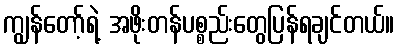
ကျွန်တော့်ရဲ့ အဖိုးတန်ပစ္စည်းတွေပြန်ရချင်တယ်။